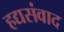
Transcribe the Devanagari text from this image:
हद्यसंवाद